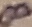
Text: 8